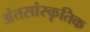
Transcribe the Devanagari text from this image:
अंतसांस्कृतिक